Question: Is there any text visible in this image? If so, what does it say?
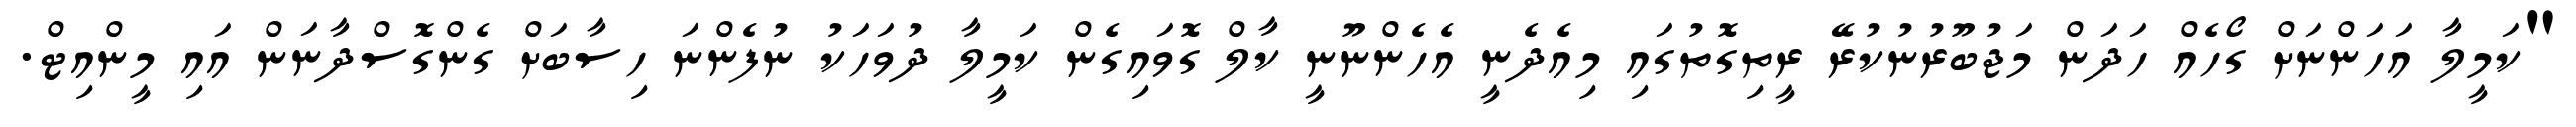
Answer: "ކަމީލާ އަހަންނަށް ގޯހެއް ހަދަން މަޖުބޫރުނުކުރޭ ރީތިގޮތުގައި މިއެދެނީ އެހެންނޫނީ ކާލް ގޮވައިގެން ކަމީލާ ދުވަހަކު ނުފެންނަ ހިސާބަށް ގެންގޮސްދާނަން އައި މީންއިޓް.